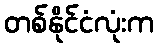
တစ်နိုင်ငံလုံးက